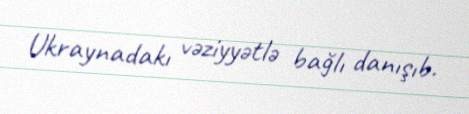
Ukraynadakı vəziyyətlə bağlı danışıb.